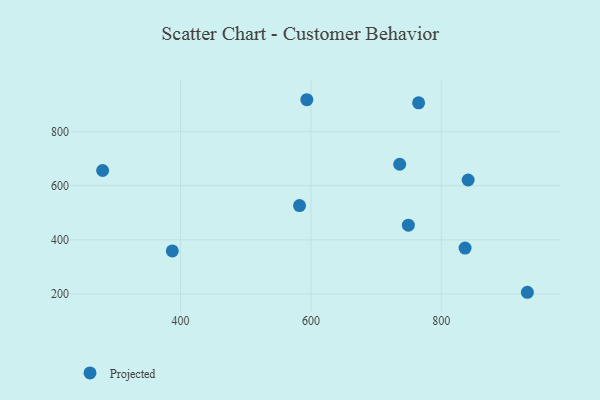
{"axis": {"x": "Experience", "y": "Profit"}, "legend": ["Projected"], "data": [{"x": "749.5", "y": 454.1, "type": "Projected"}, {"x": "280.4", "y": 656.3, "type": "Projected"}, {"x": "932.1", "y": 206.4, "type": "Projected"}, {"x": "765.2", "y": 906.1, "type": "Projected"}, {"x": "841.2", "y": 621.2, "type": "Projected"}, {"x": "582.5", "y": 526.5, "type": "Projected"}, {"x": "387.3", "y": 359.1, "type": "Projected"}, {"x": "836.5", "y": 369.7, "type": "Projected"}, {"x": "736.2", "y": 679.3, "type": "Projected"}, {"x": "593.7", "y": 917.7, "type": "Projected"}]}